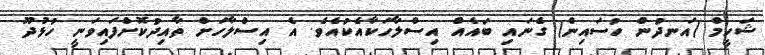
ޝަހީމް (އަނދުން ހުސައިން) ގެނައި ބައެއް އިސްލާހަކާއެކުއެވެ. އެ އިސްލާހަށް ތާއިދުކޮށްފައިވަނީ ހުޅުދޫ